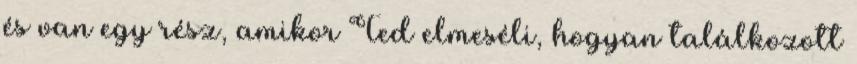
és van egy rész, amikor Ted elmeséli, hogyan találkozott